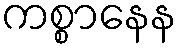
ကစ္စာနေန